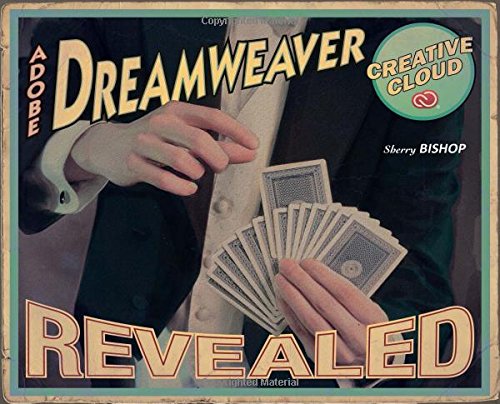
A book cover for Adobe Dreamweaver Creative Cloud Revealed (Stay Current with Adobe Creative Cloud); Sherry Bishop; Computers & Technology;